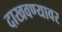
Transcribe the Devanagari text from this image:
दाखवण्यावर